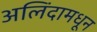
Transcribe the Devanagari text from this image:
अलिंदामधून